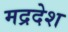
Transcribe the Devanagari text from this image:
मद्रदेश